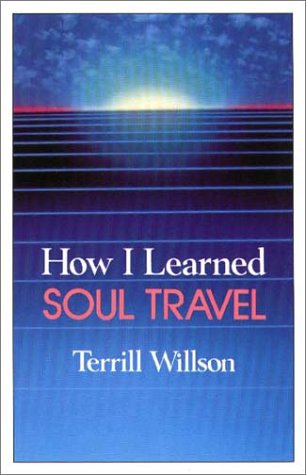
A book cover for How I Learned Soul Travel: The True Experiences of a Student in Eckankar, the Ancient Science of Soul Travel; Terrill Wilson; Religion & Spirituality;